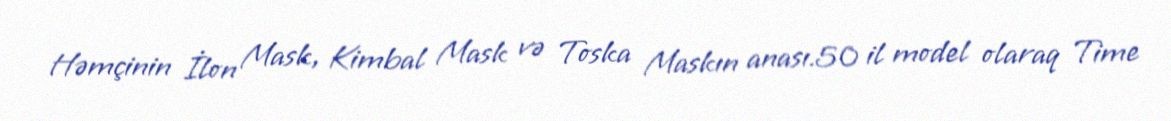
Həmçinin İlon Mask, Kimbal Mask və Toska Maskın anası.50 il model olaraq Time